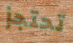
تحتجز